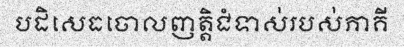
បដិសេធចោលញត្តិជំទាស់របស់ភាគី